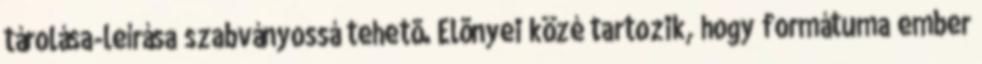
tárolása-leírása szabványossá tehetõ. Elõnyei közé tartozik, hogy formátuma ember